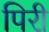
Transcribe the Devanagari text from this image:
पिरी